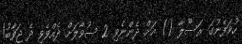
ހުވަފެނުގަ ރަސޫލާ () އަށް ދެންނެވި 2 ސުވާލަށް ދެއްވެވި ދެ ޖަވާބު!